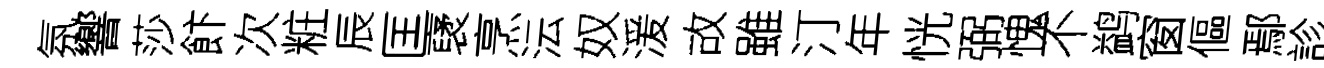
氛響莎飰次粧辰匡裦烹沄奴湲故雖汀年恍弼愧不鹢窗傴鄢診